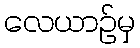
လေယာဉ်မှ